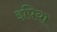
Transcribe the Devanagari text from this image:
इपिया